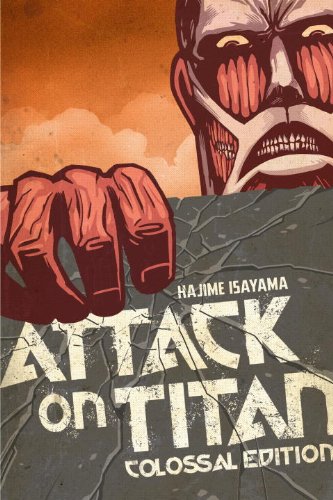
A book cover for Attack on Titan: Colossal Edition 1; Hajime Isayama; Comics & Graphic Novels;